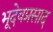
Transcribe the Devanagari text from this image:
भूदेवप्रसाद